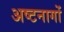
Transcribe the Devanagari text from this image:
अष्टनागों